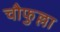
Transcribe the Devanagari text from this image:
चौफुल्ला